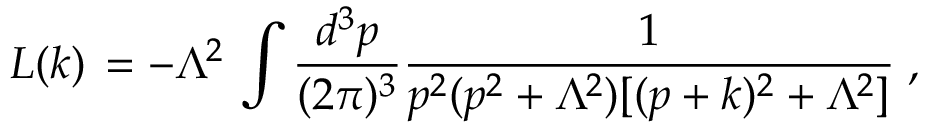
L ( k ) \, = - \Lambda ^ { 2 } \, \int \frac { d ^ { 3 } p } { ( 2 \pi ) ^ { 3 } } \frac { 1 } { p ^ { 2 } ( p ^ { 2 } + \Lambda ^ { 2 } ) [ ( p + k ) ^ { 2 } + \Lambda ^ { 2 } ] } \; ,